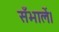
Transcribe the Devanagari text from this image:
सँभालें।